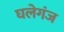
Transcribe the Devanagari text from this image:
घलेगंज